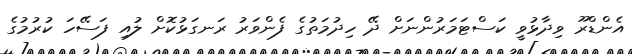
އެންޑްރޫ ވިދާޅުވީ ކަސްޓަމަރުންނަށް ދޭ ހިދުމަތުގެ ފެންވަރު ރަނގަޅުކޮށް ލުއި ފަސޭހަ ކުރުމުގެ